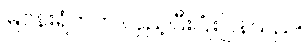
မြဝန်းရံဘက် လှည့်ပြီးပြုံးပြန်သည်။